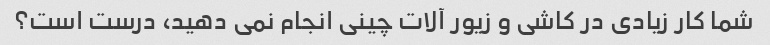
شما کار زیادی در کاشی و زیور آلات چینی انجام نمی دهید، درست است؟